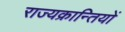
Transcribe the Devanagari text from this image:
राज्यक्रान्तियों